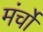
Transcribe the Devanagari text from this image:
मंर्चों